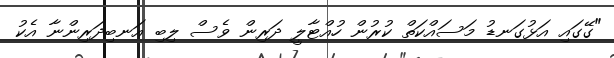
"ގޭގައި އަޅުގަނޑު މަސައްކަތް ކުރުން ހުއްޓާލީ ދަރިން ވެސް ލިބި އަނބިދަރިންނާ އެކު